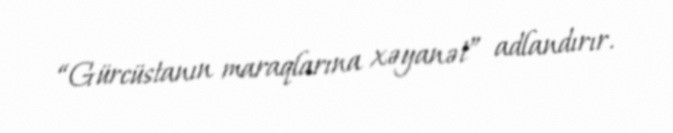
“Gürcüstanın maraqlarına xəyanət” adlandırır.